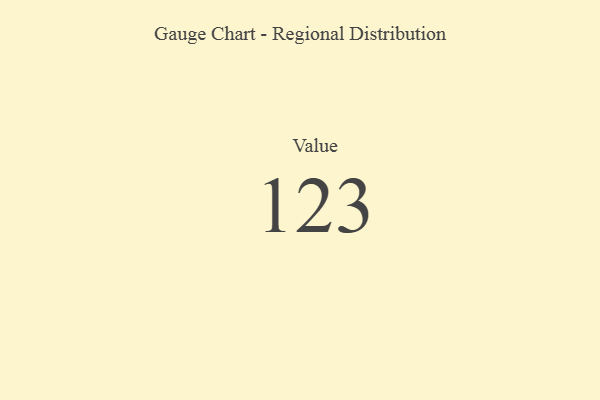
{"axis": {"x": "Metric", "y": "Value"}, "legend": [""], "data": [{"x": "Value", "y": 123, "type": ""}]}